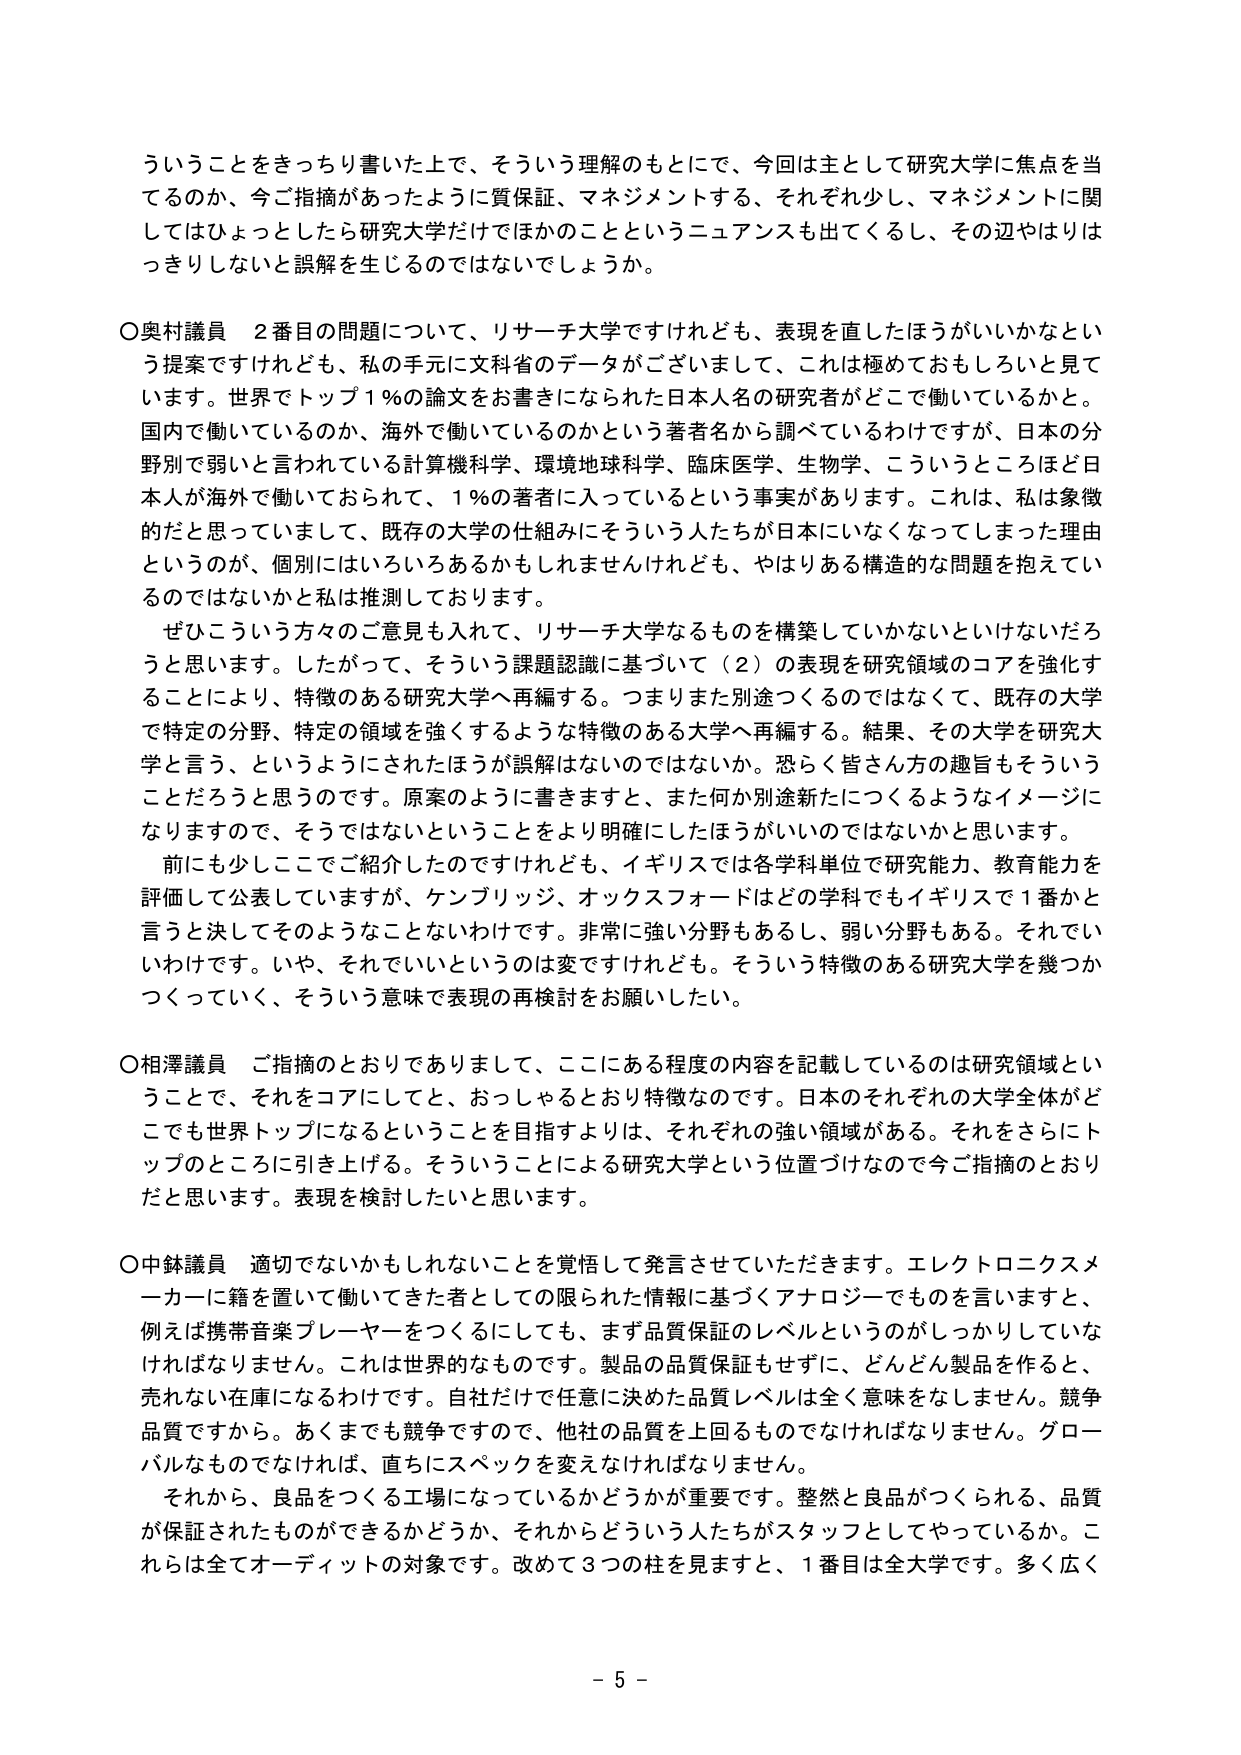
ういうことをきっちり書いた上で、そういう理解のもとにで、今回は主として研究大学に焦点を当てるのか、今ご指摘があったように質保証、マネジメントする、それぞれ少し、マネジメントに関してはひょっとしたら研究大学だけではほかのことというニュアンスも出てくるし、その辺やはりはっきりしないと誤解を生じるのではないでしょうか。

○奥村議員　2番目の問題について、リサーチ大学ですけれども、表現を直したほうがいいかなという提案ですけれども、私の手元に文科省のデータがございまして、これは極めておもしろいと見ています。世界でトップ1％の論文をお書きになられた日本人名の研究者がどこで働いているかと。国内で働いているのか、海外で働いているのかという著者名から調べているわけですが、日本の分野別で弱いと言われている計算機科学、環境地球科学、臨床医学、生物学、こういうところほど日本人が海外で働いておられて、1％の著者に入っているという事実があります。これは、私は象徴的だと思っていまして、既存の大学の仕組みにそういう人たちが日本にいなくなってしまった理由というのが、個別にはいろいろあるかもしれませんけれども、やはりある構造的な問題を抱えているのではないかと私は推測しております。

　ぜひこういう方々のご意見も入れて、リサーチ大学なるものを構築していかないといけないだろうと思います。したがって、そういう課題認識に基づいて（2）の表現を研究領域のコアを強化することにより、特徴のある研究大学へ再編する。つまりまた別途つくるのではなくて、既存の大学で特定の分野、特定の領域を強くするような特徴のある大学へ再編する。結果、その大学を研究大学と言う、というようにされたほうが誤解はないのではないか。恐らく皆さん方の趣旨もそういうことだろうと思うのです。原案のように書きますと、また何か別途新たにつくるようなイメージになりますので、そうではないということをより明確にしたほうがいいのではないかと思います。

　前にも少しここでご紹介したのですけれども、イギリスでは各学科単位で研究能力、教育能力を評価して公表していますが、ケンブリッジ、オックスフォードはどの学科でもイギリスで1番かと言うと決してそのようなことないわけです。非常に強い分野もあるし、弱い分野もある。それでいいわけです。いや、それでいいというのは変ですけれども。そういう特徴のある研究大学を幾つかつくっていく、そういう意味で表現の再検討をお願いしたい。

○相澤議員　ご指摘のとおりでありますして、ここにある程度の内容を記載しているのは研究領域ということで、それをコアにしてと、おっしゃるとおり特徴なのです。日本のそれぞれの大学全体がどこでも世界トップになるということを目指すよりは、それぞれの強い領域がある。それをさらにトップのところに引き上げる。そういうことによる研究大学という位置づけなので今ご指摘のとおりだと思います。表現を検討したいと思います。

○中鉢議員　適切でないかもしれないことを覚悟して発言させていただきます。エレクトロニクスメーカーに籍を置いて働いてきた者としての限られた情報に基づくアナロジーでものを言いますと、例えば携帯音楽プレーヤーをつくるにしても、まず品質保証のレベルというのがしっかりしていなければなりません。これは世界的なものです。製品の品質保証もせずに、どんどん製品を作ると、売れない在庫になるわけです。自社だけで任意に決めた品質レベルは全く意味をなしません。競争品質ですから。あくまでも競争ですので、他社の品質を上回るものでなければなりません。グローバルなものでなければ、直ちにスペックを変えなければなりません。

　それから、良品をつくる工場になっているかどうかが重要です。整然と良品がつくられる、品質が保証されたものができるかどうか、それからどういう人たちがスタッフとしてやっているか。これらは全てオーディットの対象です。改めて3つの柱を見ますと、1番目は全大学です。多く広く

- 5 -